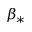
\beta _ { \ast }